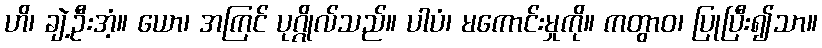
ဟိ၊ ချဲ့ဦးအံ့။ ယော၊ အကြင် ပုဂ္ဂိုလ်သည်။ ပါပံ၊ မကောင်းမှုကို။ ကတွာဝ၊ ပြုပြီး၍သာ။